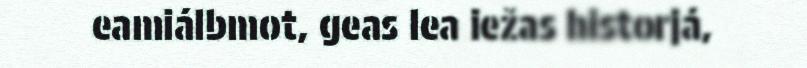
eamiálbmot, geas lea iežas historjá,